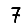
Digit: 7